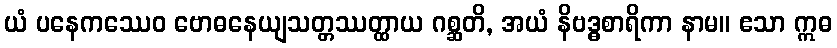
ယံ ပနေကဿေဝ ဗောဓနေယျသတ္တဿတ္ထာယ ဂစ္ဆတိ, အယံ နိဗဒ္ဓစာရိကာ နာမ။ ဧသာ ဣဓ